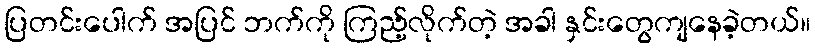
ပြတင်းပေါက် အပြင် ဘက်ကို ကြည့်လိုက်တဲ့ အခါ နှင်းတွေကျနေခဲ့တယ်။